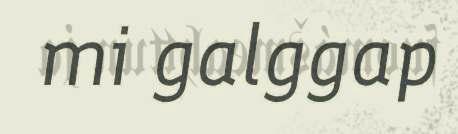
mi galggap